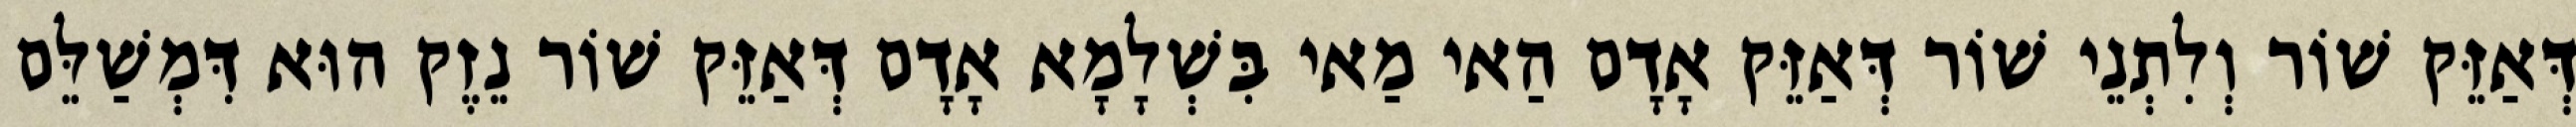
דְּאַזֵּק שׁוֹר וְלִתְנֵי שׁוֹר דְּאַזֵּק אָדָם הַאי מַאי בִּשְׁלָמָא אָדָם דְּאַזֵּק שׁוֹר נֵזֶק הוּא דִּמְשַׁלֵּם